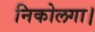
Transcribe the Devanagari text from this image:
निकोलगा।